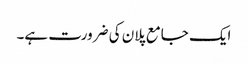
ایک جامع پلان کی ضرورت ہے۔